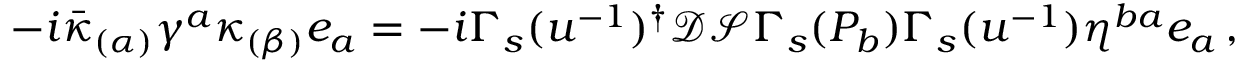
- i \bar { \kappa } _ { ( \alpha ) } \gamma ^ { a } \kappa _ { ( \beta ) } e _ { a } = - i \Gamma _ { s } ( u ^ { - 1 } ) ^ { \dagger } \mathcal { D } \mathcal { S } \Gamma _ { s } ( P _ { b } ) \Gamma _ { s } ( u ^ { - 1 } ) \eta ^ { b a } e _ { a } \, ,